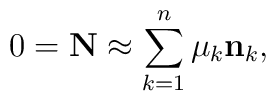
0 = {\bf N} \approx \sum_{k=1}^n \mu_k {\bf n}_k,